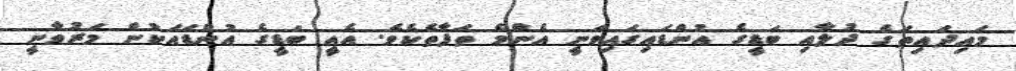
މައިދައިތަގެ ދުލާއި ބަޑީގެ އުންޑައިގައިވަނީ އެންމެ ތަފާތެކެވެ. އެއީ ބަޑީގެ އުންޑައަކުން މަރުވާނީ